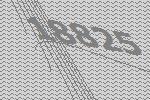
18825